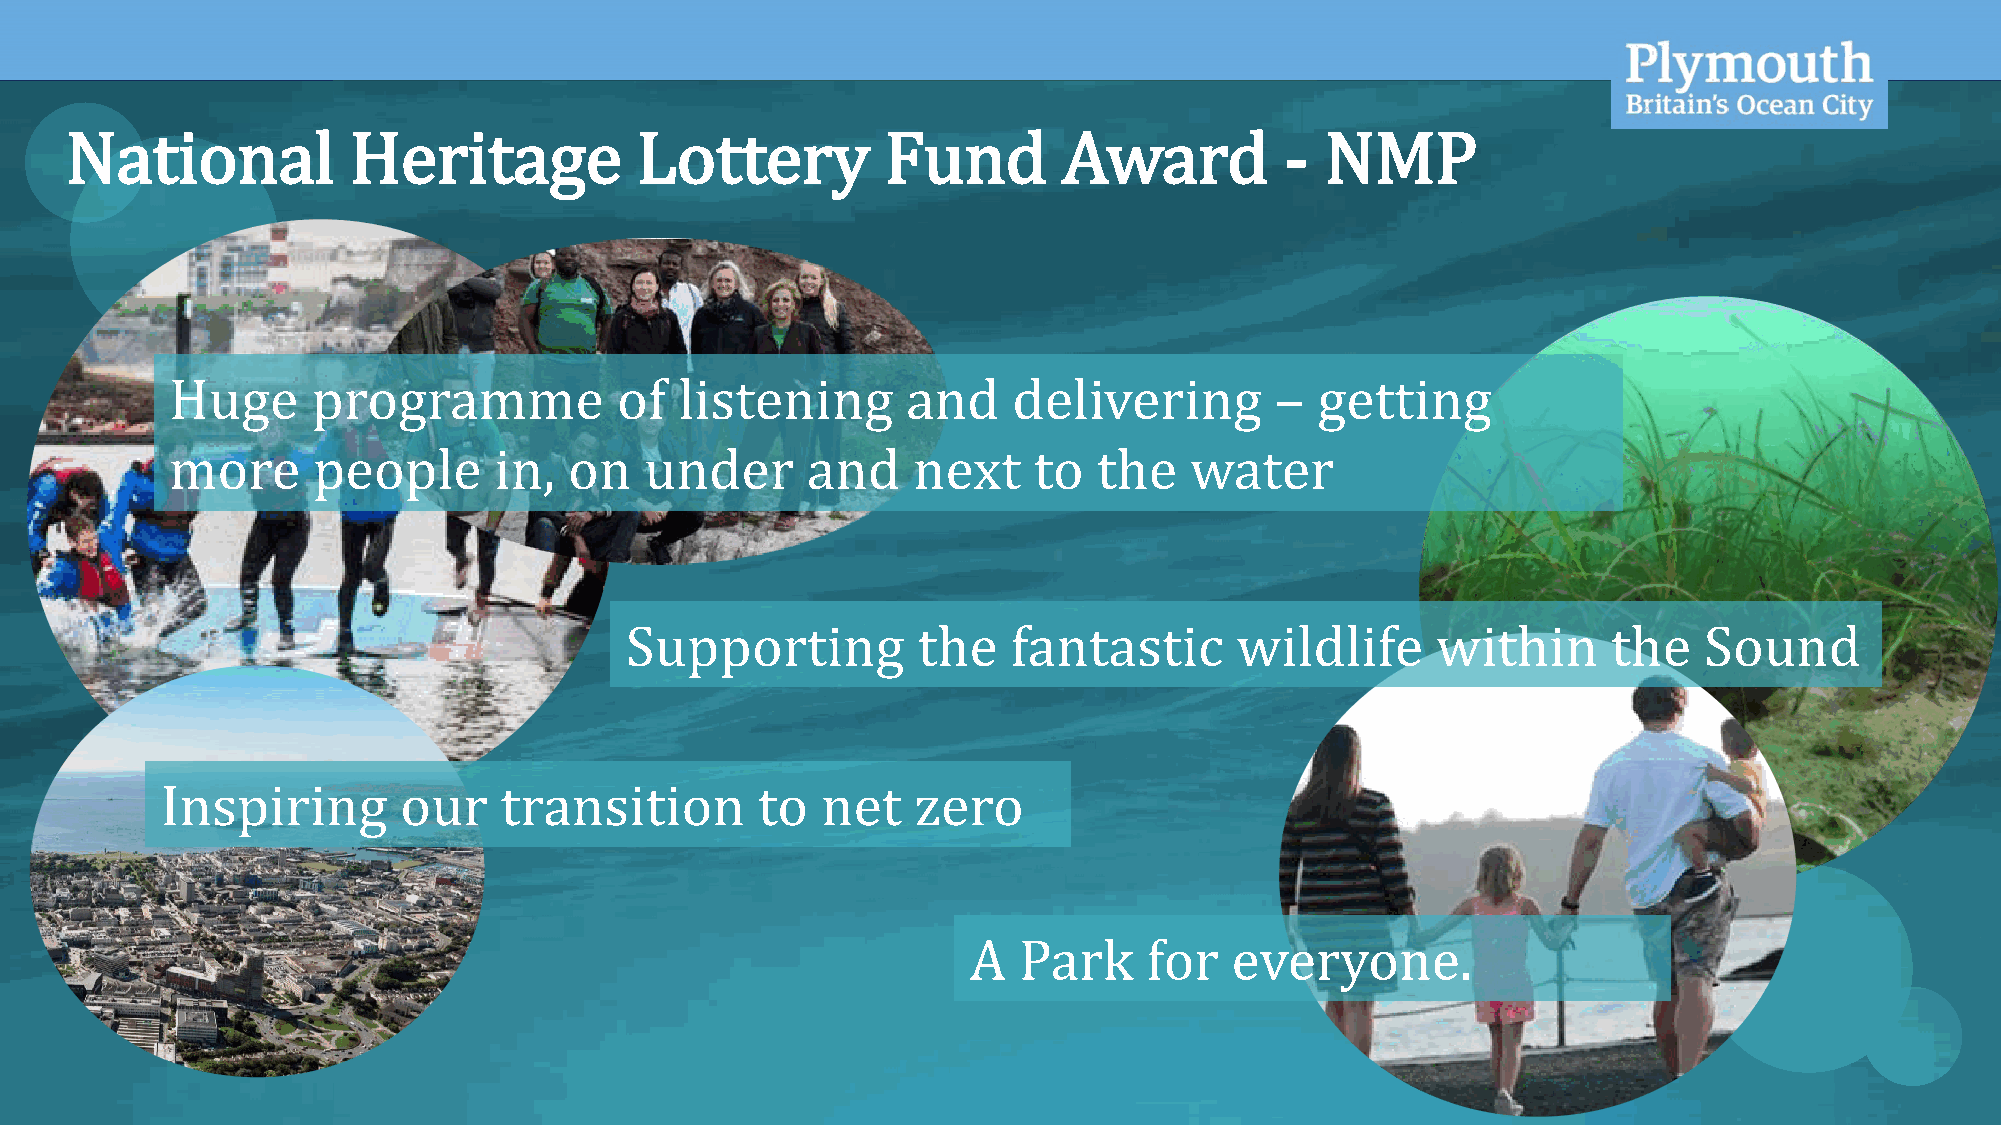
OFFICIAL
 National           Heritage           Lottery          Fund       Award          -  NMP
 Huge      programme           of  listening      and    delivering       –  getting
 more      people      in,  on   under     and    next    to   the   water
 Supporting          the   fantastic      wildlife     within      the   Sound
 Inspiring      our    transition       to  net    zero
 A  Park     for  everyone.